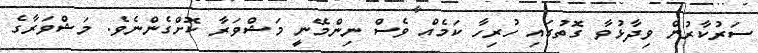
ސަރުކާރުން ވިދާޅުވާ ގޮތުގައި ހުރިހާ ކަމެއް ވެސް ނިންމޭނީ މަޝްވަރާ ކޮށްގެންނެވެ. މަޝްވަރާގެ